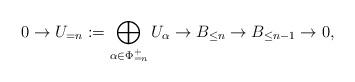
LaTeX: \begin{align*} 0 \to U_{=n}:=\bigoplus_{\alpha \in \Phi^+_{=n}} U_\alpha \to B_{\le n} \to B_{\le n-1} \to 0, \end{align*}